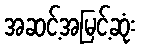
အဆင့်အမြင့်ဆုံး